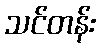
သင်တန်း